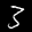
Label: 3